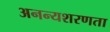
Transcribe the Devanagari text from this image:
अनन्यशरणता